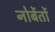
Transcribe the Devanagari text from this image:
नोर्बेर्तो